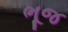
ભૂજ